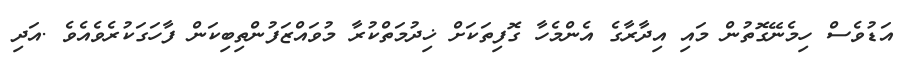
އަޑުވެސް ހިމެނޭގޮތުން މައި އިދާރާގެ އެންމެހާ ގޮފިތަކަށް ޚިދުމަތްކުރާ މުވައްޒަފުންތިބިކަން ފާހަގަކުރެވެއެވެ .އަދި